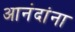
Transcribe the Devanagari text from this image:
आनंदांना